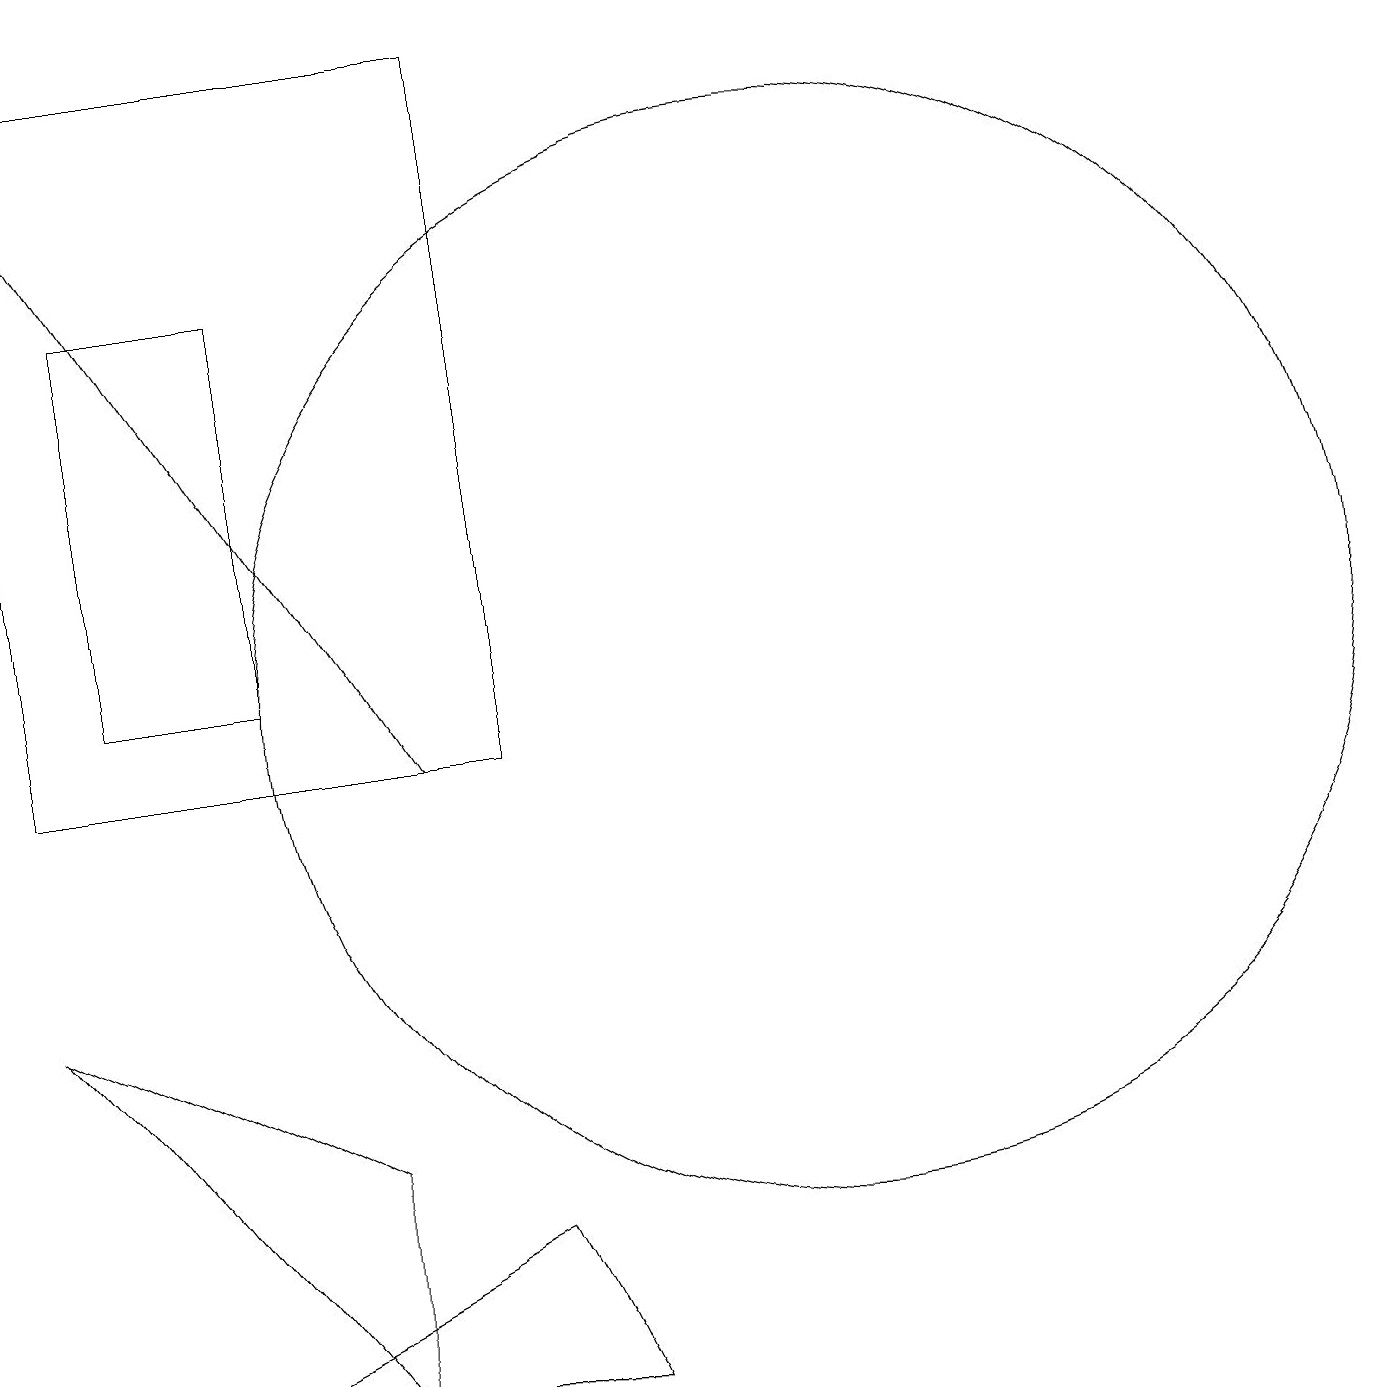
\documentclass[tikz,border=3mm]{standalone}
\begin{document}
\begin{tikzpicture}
\draw (4,5) -- (4,2) -- (0,7) -- cycle;
\draw[->] (5,10) -- (0,18);
\draw (6,10) rectangle (0,19);
\draw (10,11) circle (7);
\draw (1,16) rectangle (3,11);
\draw (6,4) -- (7,2) -- (2,2) -- cycle;
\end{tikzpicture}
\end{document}